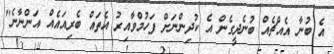
އެ ބުނާ އެއްޗެއް ބުނެދީގެން އެ ކުދިންނަށް ފަހުމްވާއިރު އެތައް ބެރިއައެއް އަންނާނެ"